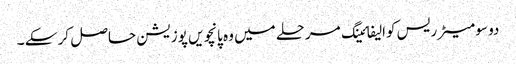
دو سو میٹر ریس کوالیفائینگ مرحلے میں وہ پانچویں پوزیشن حاصل کر سکے ۔